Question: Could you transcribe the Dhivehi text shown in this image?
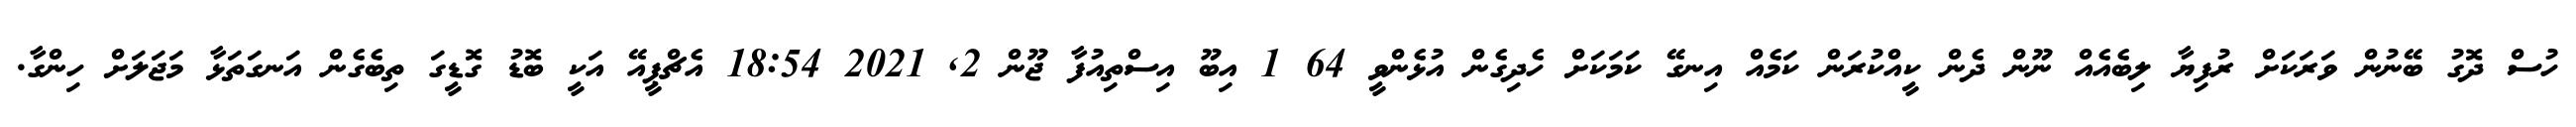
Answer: ހުސް ދޮގު ބޭނުން ވަރަކަށް ރުފިޔާ ލިބެއެއް ނޫން ދެން ކީއްކުރަން ކަމެއް އިނގޭ ކަމަކަށް ހެދިގެން އުޅެންވީ 64 1 އިބޫ އިސްތިއުފާ ޖޫން 2, 2021 18:54 އެޗްޕީއޭ އަކީ ބޮޑު ގޮޑީގަ ތިބެގެން އަނގަތަޅާ މަޖަލަށް ހިންގާ.